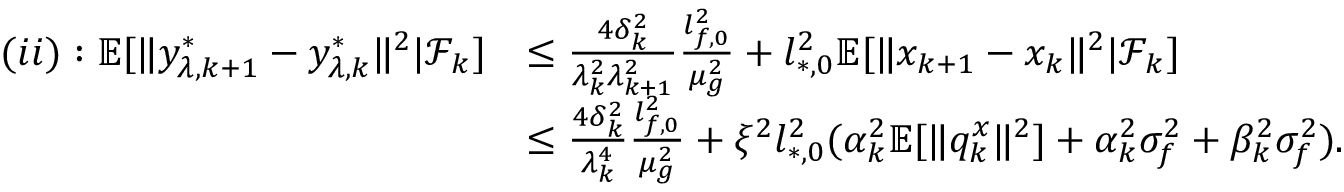
\begin{array} { r l } { ( i i ) : \mathbb { E } [ \| y _ { \lambda , k + 1 } ^ { * } - y _ { \lambda , k } ^ { * } \| ^ { 2 } | \mathcal { F } _ { k } ] } & { \le \frac { 4 \delta _ { k } ^ { 2 } } { \lambda _ { k } ^ { 2 } \lambda _ { k + 1 } ^ { 2 } } \frac { l _ { f , 0 } ^ { 2 } } { \mu _ { g } ^ { 2 } } + l _ { * , 0 } ^ { 2 } \mathbb { E } [ \| x _ { k + 1 } - x _ { k } \| ^ { 2 } | \mathcal { F } _ { k } ] } \\ & { \le \frac { 4 \delta _ { k } ^ { 2 } } { \lambda _ { k } ^ { 4 } } \frac { l _ { f , 0 } ^ { 2 } } { \mu _ { g } ^ { 2 } } + \xi ^ { 2 } l _ { * , 0 } ^ { 2 } ( \alpha _ { k } ^ { 2 } \mathbb { E } [ \| q _ { k } ^ { x } \| ^ { 2 } ] + \alpha _ { k } ^ { 2 } \sigma _ { f } ^ { 2 } + \beta _ { k } ^ { 2 } \sigma _ { f } ^ { 2 } ) . } \end{array}